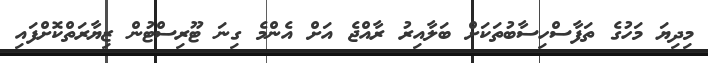
މިދިޔަ މަހުގެ ތަފާސްހިސާބުތަކަށް ބަލާއިރު ރާއްޖެ އަށް އެންމެ ގިނަ ޓޫރިސްޓުން ޒިޔާރަތްކޮށްފައި